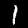
Digit: 1